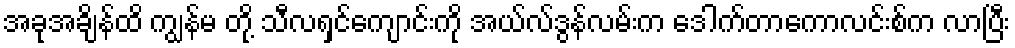
အခုအချိန်ထိ ကျွန်မ တို့ သီလရှင်ကျောင်းကို အယ်လ်ဒွန်လမ်းက ဒေါက်တာကောလင်းစ်က လာပြီး